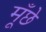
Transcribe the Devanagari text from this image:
मूँछे